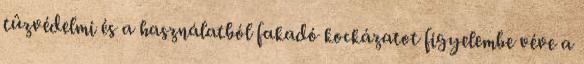
tûzvédelmi és a használatból fakadó kockázatot figyelembe véve a